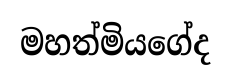
මහත්මියගේද